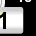
Digit: 1